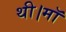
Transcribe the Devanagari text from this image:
थी।माॅ